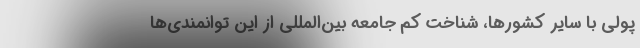
پولی با سایر کشورها، شناخت کم جامعه بین‌المللی از این توانمندی‌ها